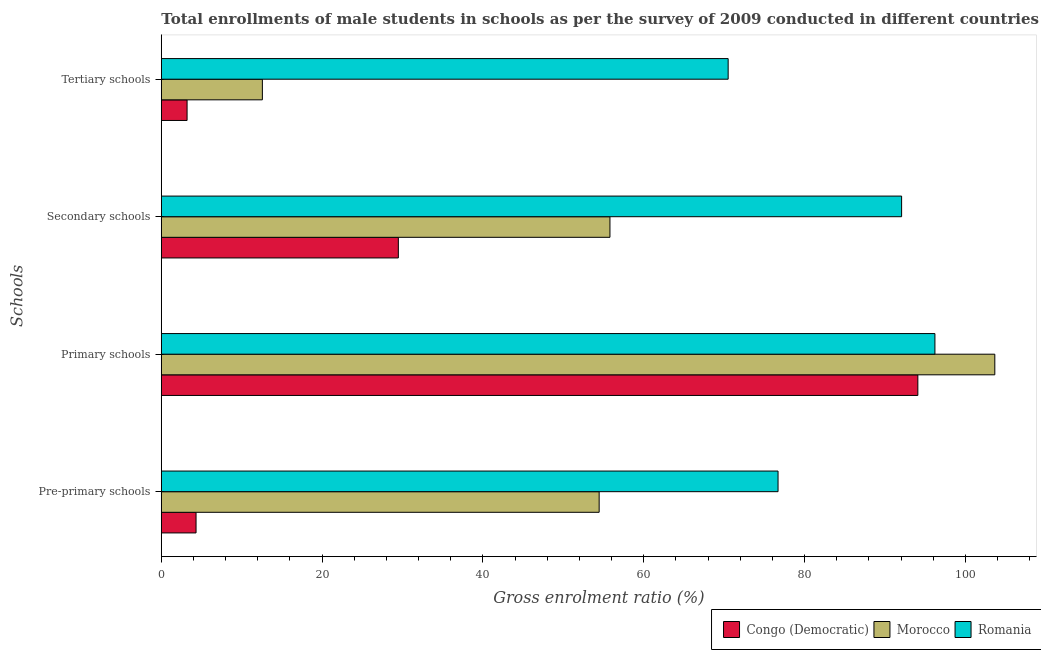
| Schools | Congo (Democratic) | Morocco | Romania |
 | --- | --- | --- | --- |
 | Pre-primary schools | 4.32 | 54.5 | 76.7 |
 | Primary schools | 94.1 | 104 | 96.2 |
 | Secondary schools | 29.5 | 55.8 | 92.1 |
 | Tertiary schools | 3.2 | 12.6 | 70.5 |